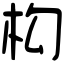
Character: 构